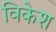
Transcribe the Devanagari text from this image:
विकेश